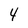
Character: 4